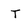
Character: T